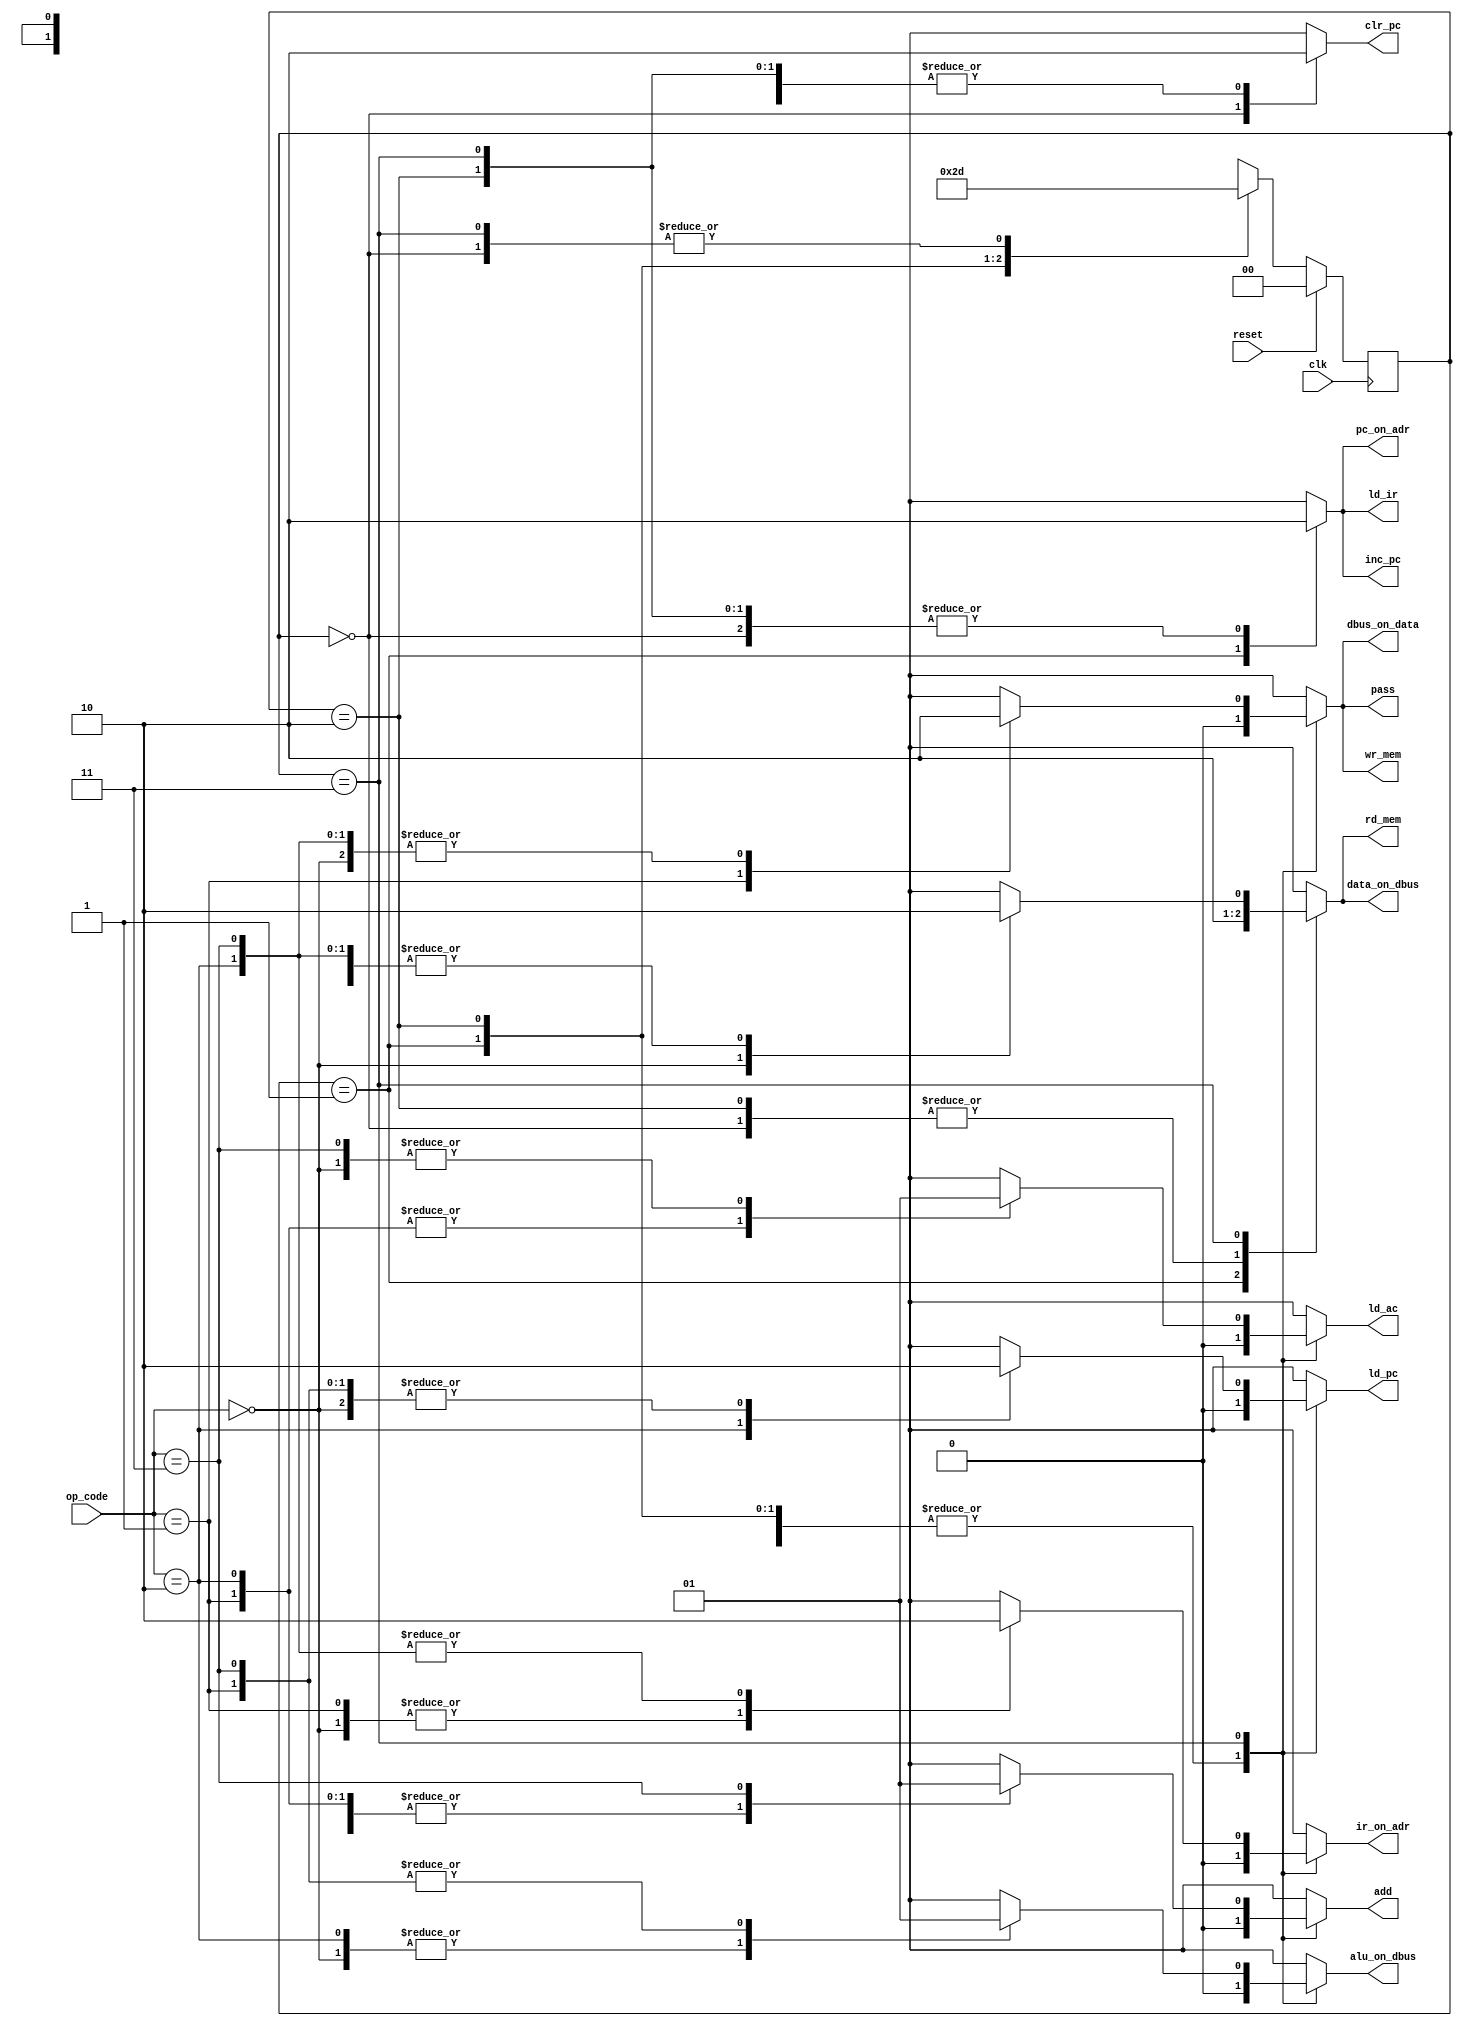

`define Reset 2'b00
`define Fetch 2'b01
`define Decode 2'b10
`define Execute 2'b11

module Controller 
	( 
		input reset, clk, input [1:0] op_code,
		output reg rd_mem, wr_mem, ir_on_adr,
		pc_on_adr, dbus_on_data,
		data_on_dbus, ld_ir, ld_ac,
		ld_pc, inc_pc, clr_pc,
		pass, add, alu_on_dbus
	);

	reg [1:0] present_state, next_state;
	
	always@( posedge clk ) 
		if( reset ) 
			present_state <= `Reset;
		else 
			present_state <= next_state;
	
	always@( present_state or reset ) 
		begin : Combinational
		
			rd_mem=1'b0; 
			wr_mem=1'b0; 
			ir_on_adr=1'b0; 
			pc_on_adr=1'b0;
			dbus_on_data=1'b0; 
			data_on_dbus=1'b0; 
			ld_ir=1'b0;
			ld_ac=1'b0; 
			ld_pc=1'b0; 
			inc_pc=1'b0; 
			clr_pc=1'b0;
			pass=0; add=0; 
			alu_on_dbus=1'b0;
			
			case ( present_state )
				`Reset : 
					begin 
						next_state = reset ? `Reset : `Fetch;
						clr_pc = 1;
					end// End `Reset
				`Fetch : 
					begin 
						next_state = `Decode;
						pc_on_adr = 1; 
						rd_mem = 1; 
						data_on_dbus = 1; 
						ld_ir = 1; inc_pc = 1;
					end// End `Fetch
				`Decode :
					begin
						next_state = `Execute; // End `Decode
					end
				`Execute:
					begin 
						next_state = `Fetch;
						case( op_code )
							2'b00:
								begin
									ir_on_adr = 1; 
									rd_mem = 1;
									data_on_dbus = 1; 
									ld_ac = 1;
								end
							2'b01:
								begin
									pass = 1;
									ir_on_adr = 1; 
									alu_on_dbus = 1;
									dbus_on_data = 1; 
									wr_mem = 1;
								end
							2'b10: 
							begin
								ld_pc = 1;
							end
							2'b11:
								begin
									add = 1; 
									alu_on_dbus = 1; 
									ld_ac = 1;
								end
						endcase
					end// End `Execute
				default: next_state = `Reset;
			endcase
		end

endmodule